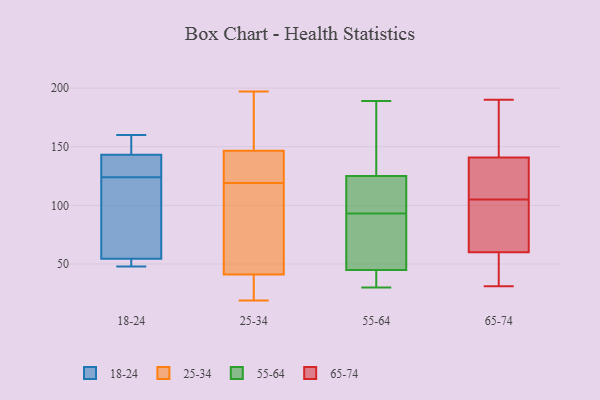
{"axis": {"x": "Backlog", "y": "Value"}, "legend": ["18-24", "25-34", "55-64", "65-74"], "data": [{"x": "", "y": 157, "type": "18-24"}, {"x": "", "y": 160, "type": "18-24"}, {"x": "", "y": 134, "type": "18-24"}, {"x": "", "y": 142, "type": "18-24"}, {"x": "", "y": 70, "type": "18-24"}, {"x": "", "y": 48, "type": "18-24"}, {"x": "", "y": 53, "type": "18-24"}, {"x": "", "y": 131, "type": "18-24"}, {"x": "", "y": 147, "type": "18-24"}, {"x": "", "y": 124, "type": "18-24"}, {"x": "", "y": 113, "type": "18-24"}, {"x": "", "y": 52, "type": "18-24"}, {"x": "", "y": 55, "type": "18-24"}, {"x": "", "y": 45, "type": "25-34"}, {"x": "", "y": 86, "type": "25-34"}, {"x": "", "y": 37, "type": "25-34"}, {"x": "", "y": 167, "type": "25-34"}, {"x": "", "y": 120, "type": "25-34"}, {"x": "", "y": 118, "type": "25-34"}, {"x": "", "y": 121, "type": "25-34"}, {"x": "", "y": 197, "type": "25-34"}, {"x": "", "y": 29, "type": "25-34"}, {"x": "", "y": 151, "type": "25-34"}, {"x": "", "y": 19, "type": "25-34"}, {"x": "", "y": 142, "type": "25-34"}, {"x": "", "y": 102, "type": "55-64"}, {"x": "", "y": 30, "type": "55-64"}, {"x": "", "y": 38, "type": "55-64"}, {"x": "", "y": 189, "type": "55-64"}, {"x": "", "y": 98, "type": "55-64"}, {"x": "", "y": 123, "type": "55-64"}, {"x": "", "y": 127, "type": "55-64"}, {"x": "", "y": 43, "type": "55-64"}, {"x": "", "y": 147, "type": "55-64"}, {"x": "", "y": 66, "type": "55-64"}, {"x": "", "y": 140, "type": "55-64"}, {"x": "", "y": 47, "type": "55-64"}, {"x": "", "y": 89, "type": "55-64"}, {"x": "", "y": 42, "type": "55-64"}, {"x": "", "y": 49, "type": "55-64"}, {"x": "", "y": 97, "type": "55-64"}, {"x": "", "y": 124, "type": "65-74"}, {"x": "", "y": 165, "type": "65-74"}, {"x": "", "y": 146, "type": "65-74"}, {"x": "", "y": 91, "type": "65-74"}, {"x": "", "y": 139, "type": "65-74"}, {"x": "", "y": 65, "type": "65-74"}, {"x": "", "y": 57, "type": "65-74"}, {"x": "", "y": 31, "type": "65-74"}, {"x": "", "y": 65, "type": "65-74"}, {"x": "", "y": 159, "type": "65-74"}, {"x": "", "y": 105, "type": "65-74"}, {"x": "", "y": 124, "type": "65-74"}, {"x": "", "y": 61, "type": "65-74"}, {"x": "", "y": 138, "type": "65-74"}, {"x": "", "y": 44, "type": "65-74"}, {"x": "", "y": 190, "type": "65-74"}, {"x": "", "y": 38, "type": "65-74"}]}